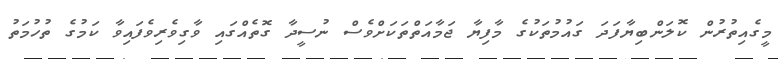
މީގެއިތުރުން ކޮލަންބިޔާފަދަ ގައުމުތަކުގެ މާފިޔާ ޖަމާއަތްތަކަށްވެސް ނުސީދާ ގޮތެއްގައި ވާގިވެރިވެފައިވާ ކަމުގެ ތުހުމަތު